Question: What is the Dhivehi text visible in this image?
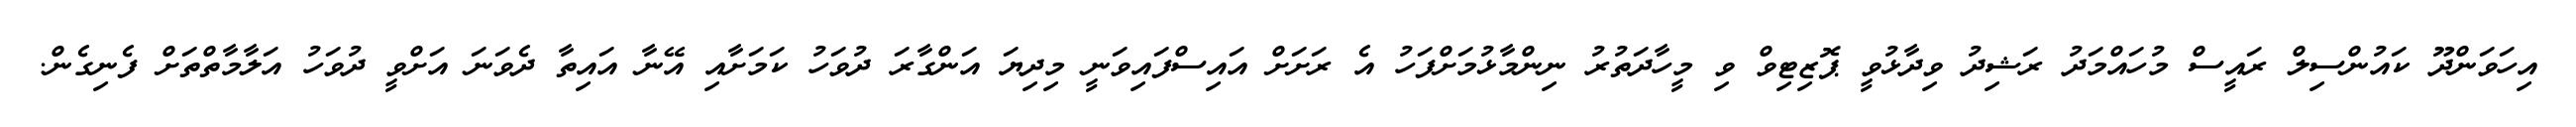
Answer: އިހަވަންދޫ ކައުންސިލް ރައީސް މުހައްމަދު ރަޝިދު ވިދާޅުވީ ޕޮޒިޓިވް ވި މީހާދަތުރު ނިންމާޅުމަށްފަހު އެ ރަށަށް އައިސްފައިވަނީ މިދިޔަ އަންގާރަ ދުވަހު ކަމަށާއި އޭނާ އައިތާ ދެވަނަ އަށްވީ ދުވަހު އަލާމާތްތަށް ފެނިގެން.